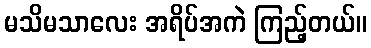
မသိမသာလေး အရိပ်အကဲ ကြည့်တယ်။